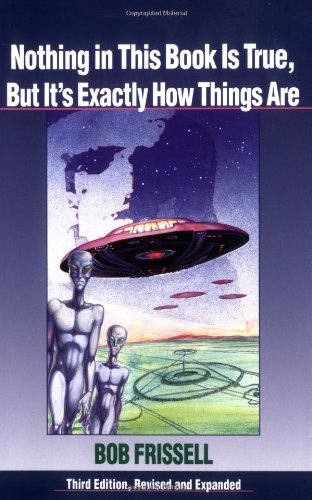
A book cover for Nothing in This Book Is True, But It's Exactly How Things Are; Bob Frissell; Science & Math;